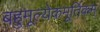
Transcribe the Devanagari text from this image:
बहुमूल्येकमूर्तिकम्‌